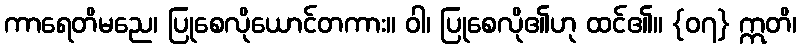
ကာရေတိမညေ၊ ပြုစေလိုယောင်တကား။ ဝါ၊ ပြုစေလို၏ဟု ထင်၏။ {၀၇} ဣတိ၊